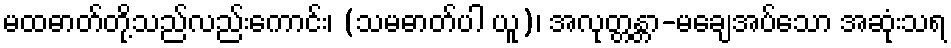
မထဓာတ်တို့သည်လည်းကောင်း၊ (သမဓာတ်ပါ ယူ)၊ အလုတ္တန္တာ-မချေအပ်သော အဆုံးသရ